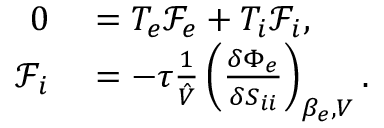
\begin{array} { r l } { 0 } & { { } = T _ { e } \mathcal { F } _ { e } + T _ { i } \mathcal { F } _ { i } , } \\ { \mathcal { F } _ { i } } & { { } = - \tau \frac { 1 } { \hat { V } } \left( \frac { \delta \Phi _ { e } } { \delta S _ { i i } } \right) _ { \beta _ { e } , V } . } \end{array}